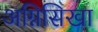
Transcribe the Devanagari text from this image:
अग्निसिखा